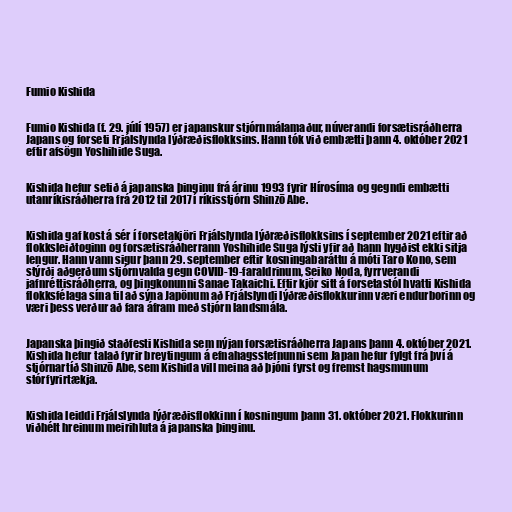
Fumio Kishida

Fumio Kishida (f. 29. júlí 1957) er japanskur stjórnmálamaður, núverandi forsætisráðherra
Japans og forseti Frjálslynda lýðræðisflokksins. Hann tók við embætti þann 4. október 2021
eftir afsögn Yoshihide Suga.

Kishida hefur setið á japanska þinginu frá árinu 1993 fyrir Hírosíma og gegndi embætti
utanríkisráðherra frá 2012 til 2017 í ríkisstjórn Shinzō Abe.

Kishida gaf kost á sér í forsetakjöri Frjálslynda lýðræðisflokksins í september 2021 eftir að
flokksleiðtoginn og forsætisráðherrann Yoshihide Suga lýsti yfir að hann hygðist ekki sitja
lengur. Hann vann sigur þann 29. september eftir kosningabaráttu á móti Taro Kono, sem
stýrði aðgerðum stjórnvalda gegn COVID-19-faraldrinum, Seiko Noda, fyrrverandi
jafnréttisráðherra, og þingkonunni Sanae Takaichi. Eftir kjör sitt á forsetastól hvatti Kishida
flokksfélaga sína til að sýna Japönum að Frjálslyndi lýðræðisflokkurinn væri endurborinn og
væri þess verður að fara áfram með stjórn landsmála.

Japanska þingið staðfesti Kishida sem nýjan forsætisráðherra Japans þann 4. október 2021.
Kishida hefur talað fyrir breytingum á efnahagsstefnunni sem Japan hefur fylgt frá því á
stjórnartíð Shinzō Abe, sem Kishida vill meina að þjóni fyrst og fremst hagsmunum
stórfyrirtækja.

Kishida leiddi Frjálslynda lýðræðisflokkinn í kosningum þann 31. október 2021. Flokkurinn
viðhélt hreinum meirihluta á japanska þinginu.